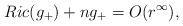
LaTeX: \begin{align*} Ric(g_+)+ng_+=O(r^\infty),\end{align*}